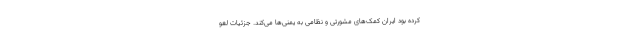
کرده بود ایران کمک‌های مشورتی و نظامی به یمنی‌ها می‌کند. جزئیات لغو